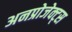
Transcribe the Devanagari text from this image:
अनप्रोजेक्ट्स